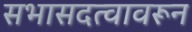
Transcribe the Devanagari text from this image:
सभासदत्वावरून